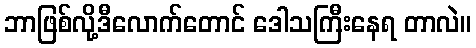
ဘာဖြစ်လို့ဒီလောက်တောင် ဒေါသကြီးနေရ တာလဲ။